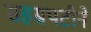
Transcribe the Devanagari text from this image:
सहस्रपटीने